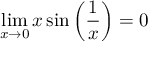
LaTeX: \operatorname* { l i m } _ { x \to 0 } x \sin { \left( { \frac { 1 } { x } } \right) } = 0